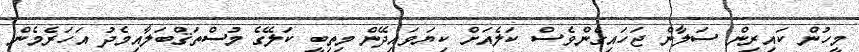
މީހުން ކައިރިން ސަލާން ޖަހައިގެންވެސް ކަލެއަށް ކިޔަވައިދޭން މިތިބީ ކަލޭގެ މުސްތަޤްބަލާއިމެދު އަހަރެމެން